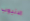
الانبوب